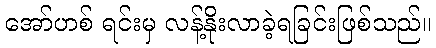
အော်ဟစ် ရင်းမှ လန့်နိုးလာခဲ့ရခြင်းဖြစ်သည်။